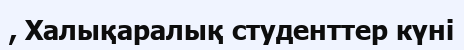
, Халықаралық студенттер күні